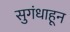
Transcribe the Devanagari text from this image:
सुगंधाहून